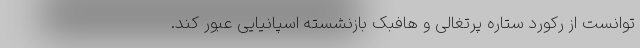
توانست از رکورد ستاره پرتغالی و هافبک بازنشسته اسپانیایی عبور کند.